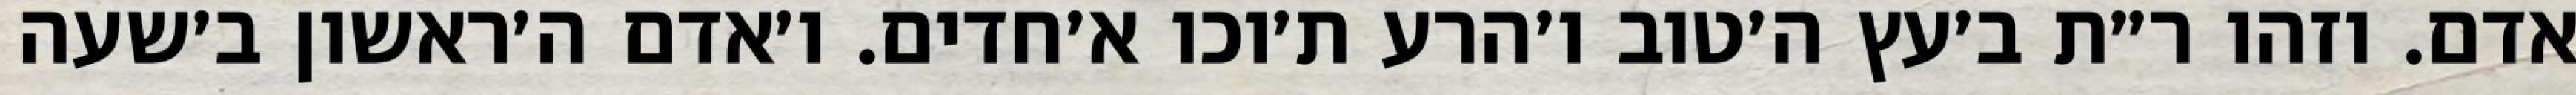
אדם. וזהו ר״ת ב׳עץ ה׳טוב ו׳הרע ת׳וכו א׳חדים. ו׳אדם ה׳ראשון ב׳שעה